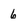
Character: 6